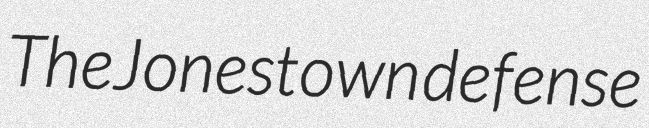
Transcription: The Jonestown defense